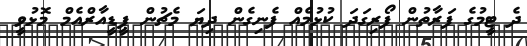
ދެ ޓީމުގެ ފަރާތުން ފޯރިގަދަ ކުޅުމެއް ފެނިގެން ދިޔަ މެޗުން ޕީޑީއާރްއެމް މޮޅުވީ